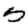
Digit: 5